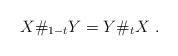
LaTeX: \begin{align*}X\#_{1-t} Y = Y\#_t X\ .\end{align*}